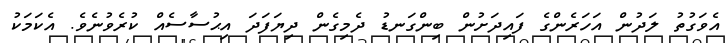
އެވަގުތު ލަދުން އަހަރެންގެ ފައިދަށުން ބިންގަނޑު ދެމިގެން ދިޔަފަދަ އިޙުސާސެއް ކުރެވުނެވެ. އެކަމަކު